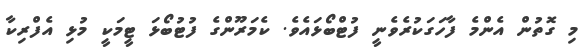
މި ގޮތުން އެންމެ ފާހަގަކުރެވެނީ ފުޓްބޯޅައެވެ. ކެމަރޫންގެ ފުޓުބޯޅަ ޓީމަކީ މުޅި އެފްރިކާ